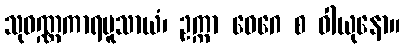
သုဝဏ္ဏကာရမူသာယံ၊ ဥက္ကာ ဝေဂေ စ ဝါယုနော။